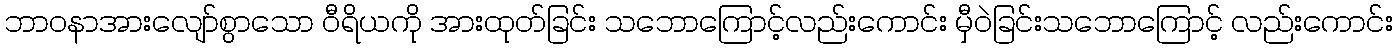
ဘာဝနာအားလျော်စွာသော ဝီရိယကို အားထုတ်ခြင်း သဘောကြောင့်လည်းကောင်း မှီဝဲခြင်းသဘောကြောင့် လည်းကောင်း